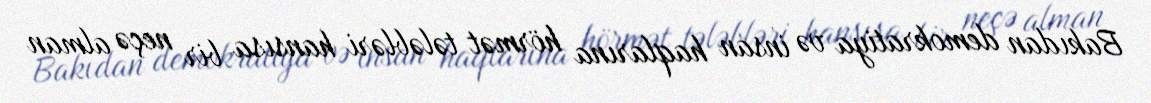
Bakıdan demokratiya və insan haqlarına hörmət tələbləri hansısa bir neçə alman